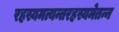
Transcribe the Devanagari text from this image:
रहस्यमत्यन्तरहस्यमेतन्न